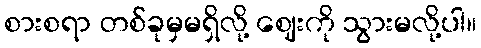
စားစရာ တစ်ခုမှမရှိလို့ ဈေးကို သွားမလို့ပါ။